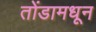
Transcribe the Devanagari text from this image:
तोंडामधून